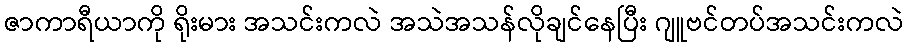
ဇာကာရီယာကို ရိုးမား အသင်းကလဲ အသဲအသန်လိုချင်နေပြီး ဂျူဗင်တပ်အသင်းကလဲ